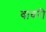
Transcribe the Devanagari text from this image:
वावरी